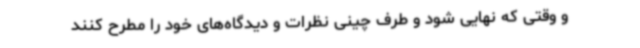
و وقتی که نهایی شود و طرف چینی نظرات و دیدگاه‌های خود را مطرح کنند